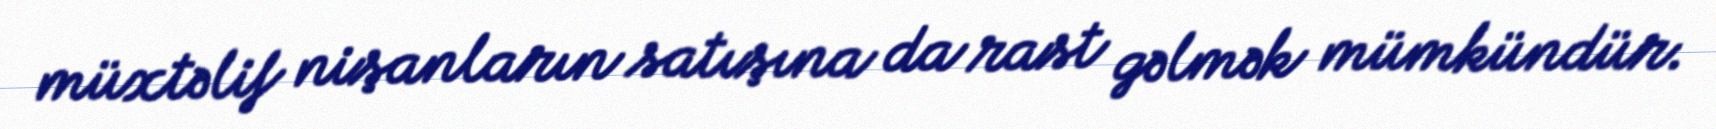
müxtəlif nişanların satışına da rast gəlmək mümkündür.